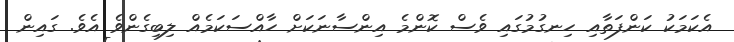
އެކަމަކު ކަންފަތާއި ހިނގުމުގައި ވެސް ކޮންމެ އިންސާނަކަށް ހާއްސަކަމެއް ލިބިގެންވެ އެވެ. ގައިން